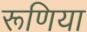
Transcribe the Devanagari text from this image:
रूणिया